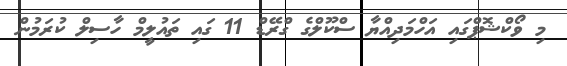
މި ވޯކްޝޮޕްގައި އަހްމަދިއްޔާ ސްކޫލްގެ ގްރޭޑް 11 ގައި ތައުލީމް ހާސިލް ކުރަމުން